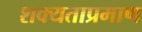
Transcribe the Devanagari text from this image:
शक्यताप्रमाण